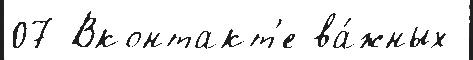
07 Вконтакт'е ва́жных